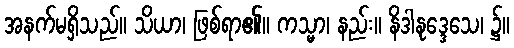
အနက်မရှိသည်။ သိယာ၊ ဖြစ်ရာ၏။ ကသ္မာ၊ နည်း။ နိဒါနုဒ္ဒေသေ၊ ၌။